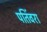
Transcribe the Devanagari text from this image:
पतिंवरा